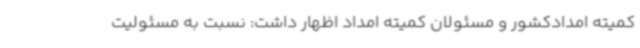
کمیته امدادکشور و مسئولان کمیته امداد اظهار داشت: نسبت به مسئولیت